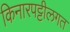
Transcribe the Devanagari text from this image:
किनारपट्टीलगत